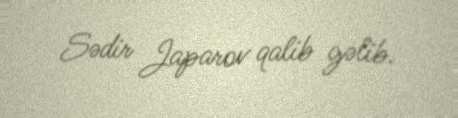
Sədir Japarov qalib gəlib.